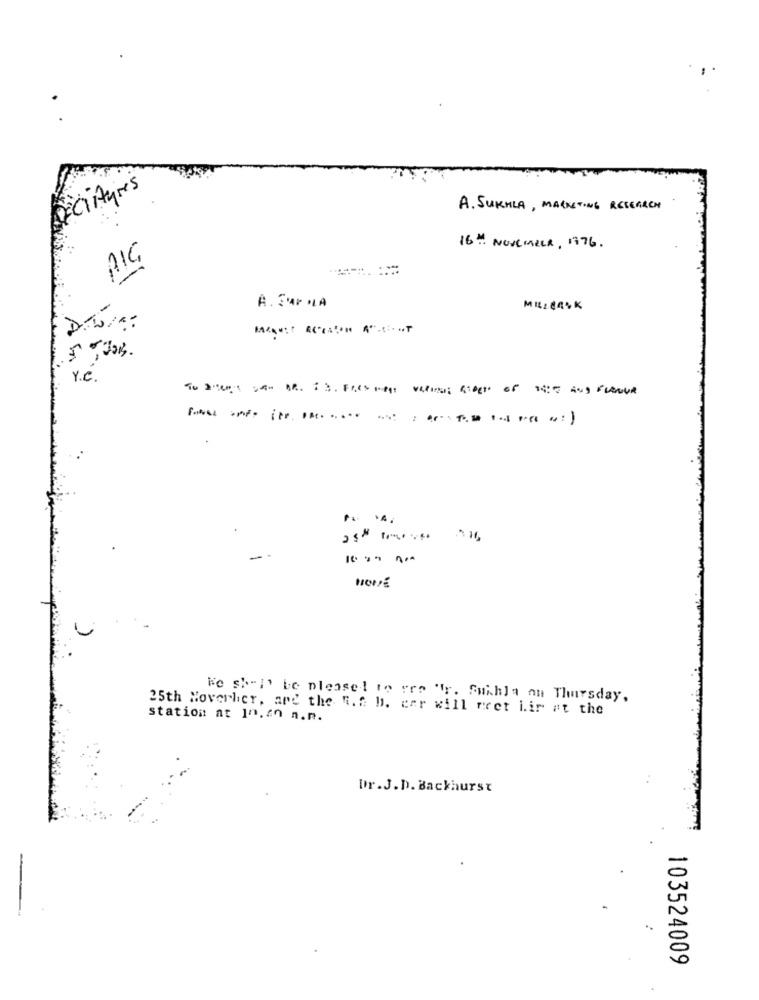
DECiAyres
A. SURHLA, MARKETING RESEARCH
16th NOVEMBER , 1976 .
-
A. SAP .LA
MILLEACK
3
r.e.
We skett be pleased to ere "r. Suihla on Thursday,
25th Noverher, and the R.f b. car will meet Lir at the
station at In.an n.n.
Dr.J.D. Backhurst
103524009